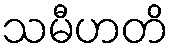
သမီဟတိ